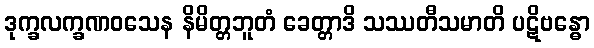
ဒုက္ခလက္ခဏဝသေန နိမိတ္တဘူတံ ခေတ္တာဒိ သဿတီသမာတိ ပဋိဗန္ဓော